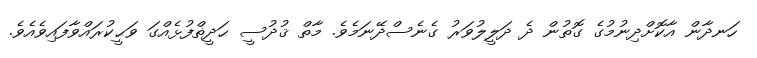
ހަނދާން އާކޮށްދިނުމުގެ ގޮތުން ދެ ދަލީލުވަރު ގެނެސްދޭނަމެވެ. މާތް ޤުދުސީ ޙަދީޡްފުޅެއްގަ ވަޙީކުރައްވާފައިވެއެވެ.